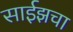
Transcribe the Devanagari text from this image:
साईझचा